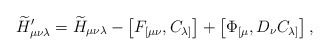
\begin{align*}{\widetilde H}'_{\mu\nu\lambda} = {\widetilde H}_{\mu\nu\lambda} - \left[F_{[\mu\nu}, C_{\lambda]}\right] + \left[\Phi_{[\mu}, D_{\nu}C_{\lambda]}\right],\end{align*}